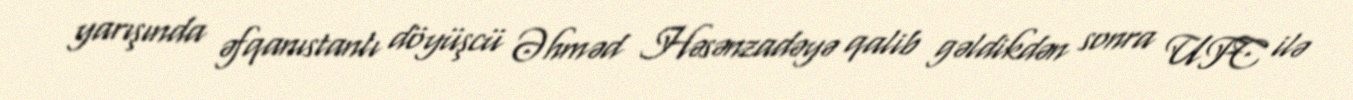
yarışında əfqanıstanlı döyüşcü Əhməd Həsənzadəyə qalib gəldikdən sonra UFC ilə